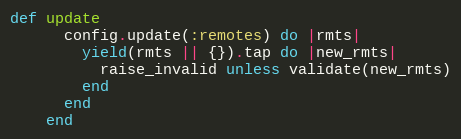
Language: Ruby
def update
      config.update(:remotes) do |rmts|
        yield(rmts || {}).tap do |new_rmts|
          raise_invalid unless validate(new_rmts)
        end
      end
    end